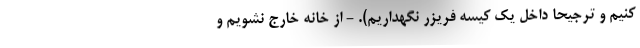
کنیم و ترجیحا داخل یک کیسه فریزر نگهداریم). - از خانه خارج نشویم و